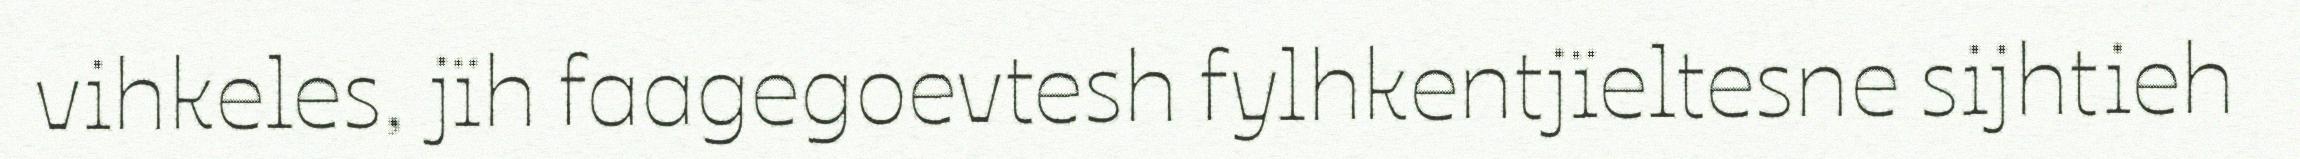
vihkeles, jïh faagegoevtesh fylhkentjïeltesne sijhtieh